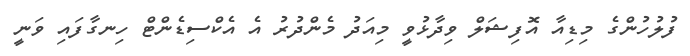
ފުލުހުންގެ މިޑިއާ އޮފިޝަލް ވިދާޅުވީ މިއަދު މެންދުރު އެ އެކްސިޑެންޓް ހިނގާފައި ވަނީ